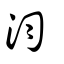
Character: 汮